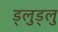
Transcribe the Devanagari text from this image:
ड्लुड्लु